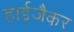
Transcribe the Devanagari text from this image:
हाईजैकर